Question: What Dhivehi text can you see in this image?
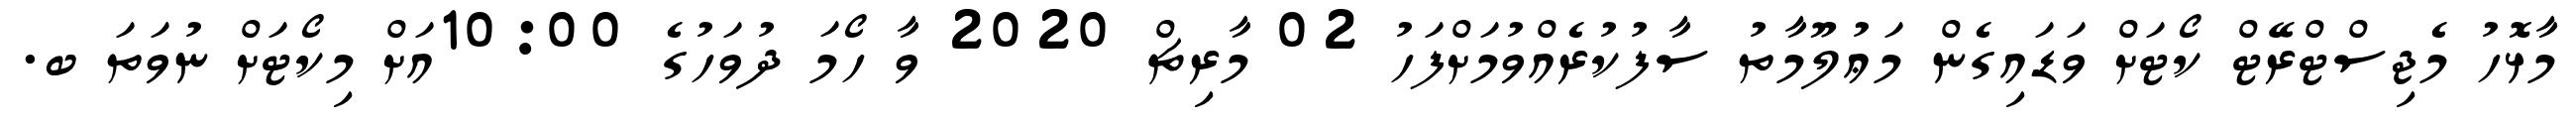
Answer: މާޅޮހު މެޖިސްޓްރޭޓް ކޯޓަށް ވަޑައިގެން މަޢުލޫމާތު ސާފުކުރެއްވުމަށްފަހު 02 މާރިޗް 2020 ވާ ހޯމަ ދުވަހުގެ 10:00އަށް މިކޯޓަށް ނުވަތަ ބ.